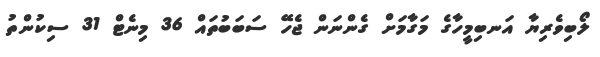
ލޯބިވެރިޔާ އަނބިމީހާގެ މަގާމަށް ގެންނަން ޖެހޭ ސަބަބުތައް 36 މިނެޓް 31 ސިކުންތު